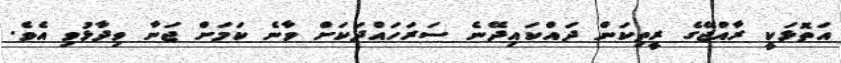
އަތޮޅަކީ ރާއްޖޭގެ ރީތިކަން ދައްކައިދޭނެ ސަރަހައްދަކަށް ވާނެ ކަމަށް ޖަނާ ވިދާޅުވި އެވެ.